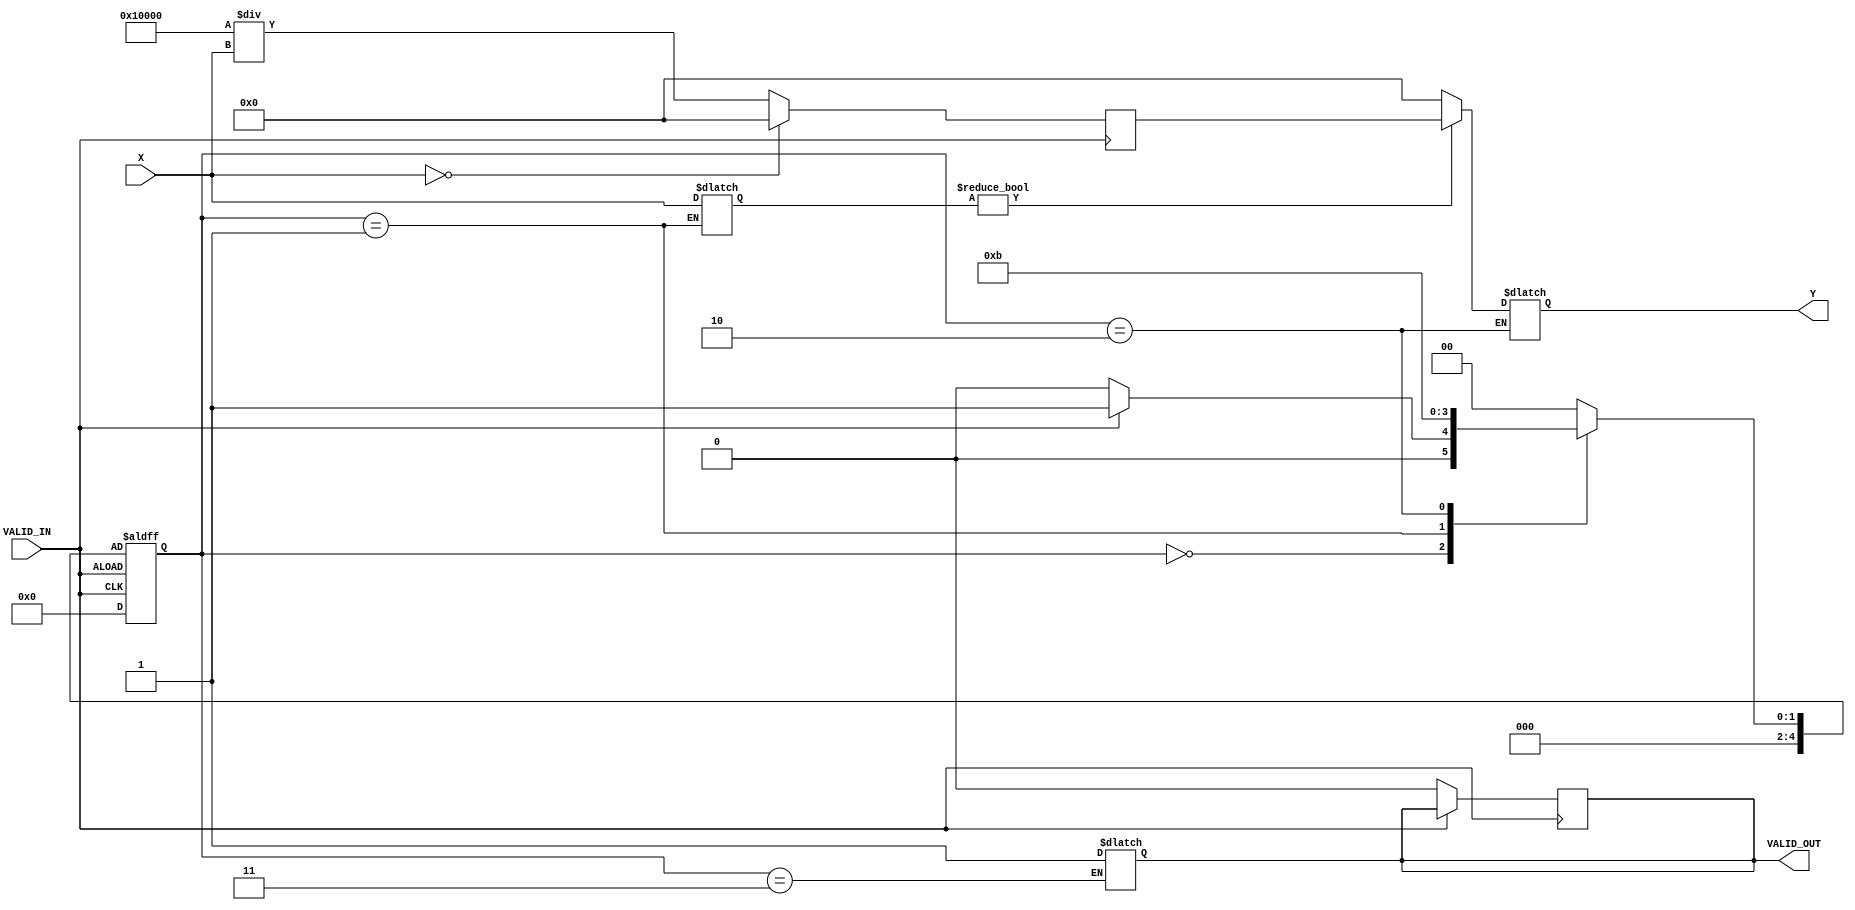
module DirectReciprocalUnit #(
    parameter INPUT_WIDTH = 16,    // Width of input data
    parameter OUTPUT_WIDTH = 32,    // Width of output data
    parameter FIXED_POINT_FRACTION = 16 // Number of fractional bits
)(
    input  wire [INPUT_WIDTH-1:0] X,          // Input data
    input  wire VALID_IN,                       // Input valid signal
    output reg  [OUTPUT_WIDTH-1:0] Y,          // Output reciprocal result
    output reg  VALID_OUT                       // Output valid signal
);

    // Internal signals
    reg [OUTPUT_WIDTH-1:0] reciprocal;
    reg [INPUT_WIDTH-1:0] input_reg;
    reg [4:0] state; // State for FSM
    reg [4:0] next_state;

    // State definitions
    localparam IDLE = 0;
    localparam READ_INPUT = 1;
    localparam COMPUTE_RECIPROCAL = 2;
    localparam OUTPUT_RESULT = 3;

    // Simple reciprocal calculation using Newton-Raphson method (1/x)
    // Note: This is a simplified version for demonstration purposes.
    always @(posedge VALID_IN) begin
        if (X == 0) begin
            reciprocal <= {OUTPUT_WIDTH{1'b0}}; // Handle division by zero
        end else begin
            reciprocal <= (1 << FIXED_POINT_FRACTION) / X; // Initial approximation
            // You can add more iterations for better precision
        end
    end

    // State machine for controlling the operation
    always @(posedge VALID_IN or negedge VALID_IN) begin
        if (!VALID_IN) begin
            state <= IDLE;
            VALID_OUT <= 1'b0;
        end else begin
            state <= next_state;
        end
    end

    always @(*) begin
        case (state)
            IDLE: begin
                if (VALID_IN) begin
                    next_state = READ_INPUT;
                end else begin
                    next_state = IDLE;
                end
            end
            READ_INPUT: begin
                input_reg = X;
                next_state = COMPUTE_RECIPROCAL;
            end
            COMPUTE_RECIPROCAL: begin
                // Compute the reciprocal
                if (input_reg != 0) begin
                    Y = reciprocal; // Assign the computed reciprocal
                    next_state = OUTPUT_RESULT;
                end else begin
                    Y = {OUTPUT_WIDTH{1'b0}}; // Handle division by zero
                    next_state = OUTPUT_RESULT;
                end
            end
            OUTPUT_RESULT: begin
                VALID_OUT = 1'b1; // Signal that output is valid
                next_state = IDLE; // Go back to IDLE
            end
            default: begin
                next_state = IDLE;
            end
        endcase
    end

endmodule